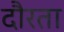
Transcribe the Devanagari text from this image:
दौरता